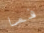
فما